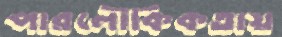
পারলৌকিকতায়